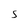
Character: S